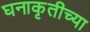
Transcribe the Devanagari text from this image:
घनाकृतीच्या